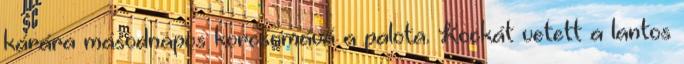
kárára másodnapos korcsomává a palota. Kockát vetett a lantos